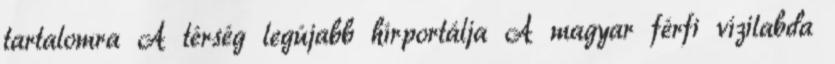
tartalomra A térség legújabb hírportálja A magyar férfi vízilabda